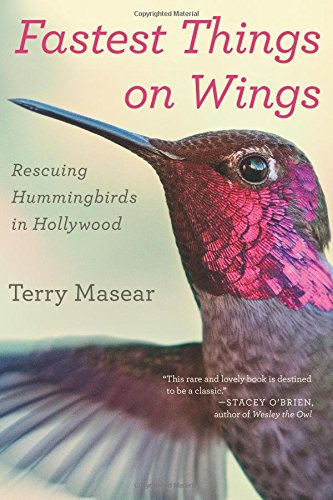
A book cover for Fastest Things on Wings: Rescuing Hummingbirds in Hollywood; Terry Masear; Science & Math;